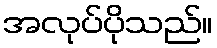
အလုပ်ပိုသည်။